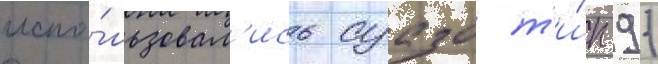
испо́льзовал'ись суазо т'и́п 91